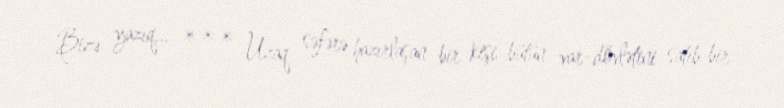
Bizə yazıq... *** Uzaq səfərə hazırlaşan bir kişi bütün var-dövlətini satıb bir